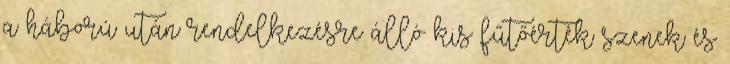
a háború után rendelkezésre álló kis fűtőérték szenek és